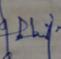
Signature authenticity: genuine